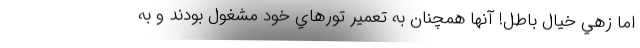
اما زهي خيال باطل! آنها همچنان به تعمير تورهاي خود مشغول بودند و به